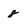
Character: 8